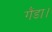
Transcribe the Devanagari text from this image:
गैंडा।